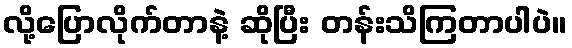
လို့ပြောလိုက်တာနဲ့ ဆိုပြီး တန်းသိကြတာပါပဲ။